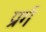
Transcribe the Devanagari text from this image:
प्रर्ग